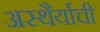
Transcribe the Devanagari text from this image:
अस्थैर्याची